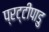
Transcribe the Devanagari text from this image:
प्रट्टीपाडु